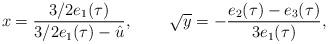
LaTeX: \begin{align*}{\displaystyle x=\frac {3/2e_{1}(\tau)}{3/2e_{1}(\tau)-\hat{u}},}\hspace{1cm} {\displaystyle \sqrt{y}=-\frac {e_{2}(\tau)-e_{3}(\tau)}{3e_{1} (\tau)},}\end{align*}